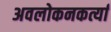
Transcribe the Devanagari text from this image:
अवलोकनकर्त्या